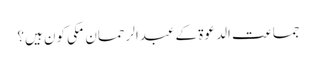
جماعت الدعوۃ کے عبدالرحمان مکی کون ہیں؟